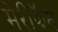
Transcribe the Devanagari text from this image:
मेरीझॅन